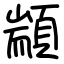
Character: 顓